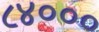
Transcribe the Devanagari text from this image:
८४०००